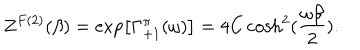
Z ^ { F ( 2 ) } ( \beta ) = \exp \left[ \Gamma _ { + 1 } ^ { \pi } ( \omega ) \right] = 4 C \cosh ^ { 2 } ( { \frac { \omega \beta } { 2 } } ) .